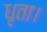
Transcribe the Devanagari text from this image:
धृता।